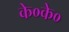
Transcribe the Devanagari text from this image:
के०के०